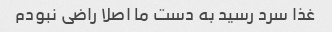
غذا سرد رسید به دست ما اصلا راضی نبودم